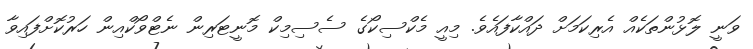
ވަނީ ލޮޅުންތަކެއް އެރިކަމަށް ދައްކާފައެވެ. މިއީ މެކްސިކޯގެ ސެސިމިކް މޮނީޓަރިން ނެޓްވޯކްއިން ހަރުކޮށްފައިވާ